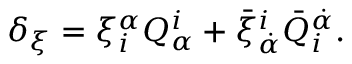
\delta _ { \xi } = \xi _ { i } ^ { \alpha } Q _ { \alpha } ^ { i } + \bar { \xi } _ { \dot { \alpha } } ^ { i } \bar { Q } _ { i } ^ { \dot { \alpha } } .